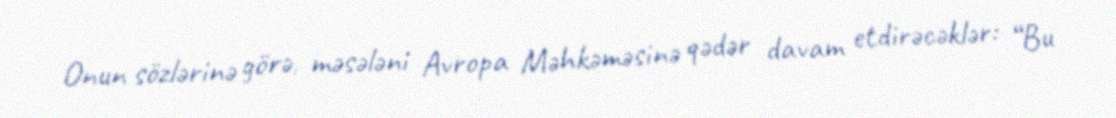
Onun sözlərinə görə, məsələni Avropa Məhkəməsinə qədər davam etdirəcəklər: “Bu